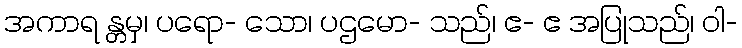
အကာရ န္တမှ၊ ပရော- သော၊ ပဌမော- သည်၊ ဧ- ဧ အပြုသည်၊ ဝါ-